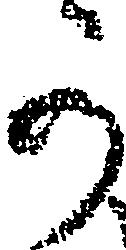
可